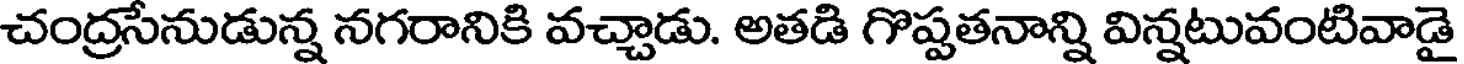
చంద్రసేనుడున్న నగరానికి వచ్చాడు. అతడి గొప్పతనాన్ని విన్నటువంటివాడై